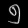
Digit: ၅